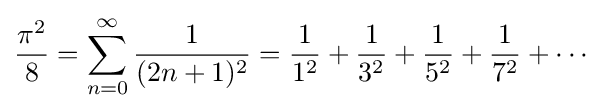
{\frac {\pi ^{2}}{8}}=\sum _{n=0}^{\infty }{\frac {1}{(2n+1)^{2}}}={\frac {1}{1^{2}}}+{\frac {1}{3^{2}}}+{\frac {1}{5^{2}}}+{\frac {1}{7^{2}}}+\cdots